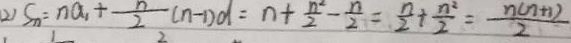
( 2 ) S _ { n } = n a _ { 1 } + \frac { n } { 2 } ( n - 1 ) d = n + \frac { n ^ { 2 } } { 2 } - \frac { n } { 2 } = \frac { n } { 2 } + \frac { n ^ { 2 } } { 2 } = \frac { n ( n + 1 ) } { 2 }